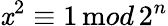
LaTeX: \mathit{x}^{2}\equiv1\, {\mathrm{m}od}\, 2^{n}